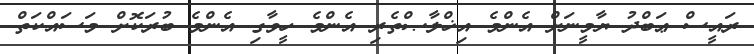
ރައީސް ޢަބްދު ޔާމީނަށް އެންމެ އިޚްލާޞްތެރި އެންމެ ހީވާގި އެންމެ ބުރަކޮށް މަސައްކަތް